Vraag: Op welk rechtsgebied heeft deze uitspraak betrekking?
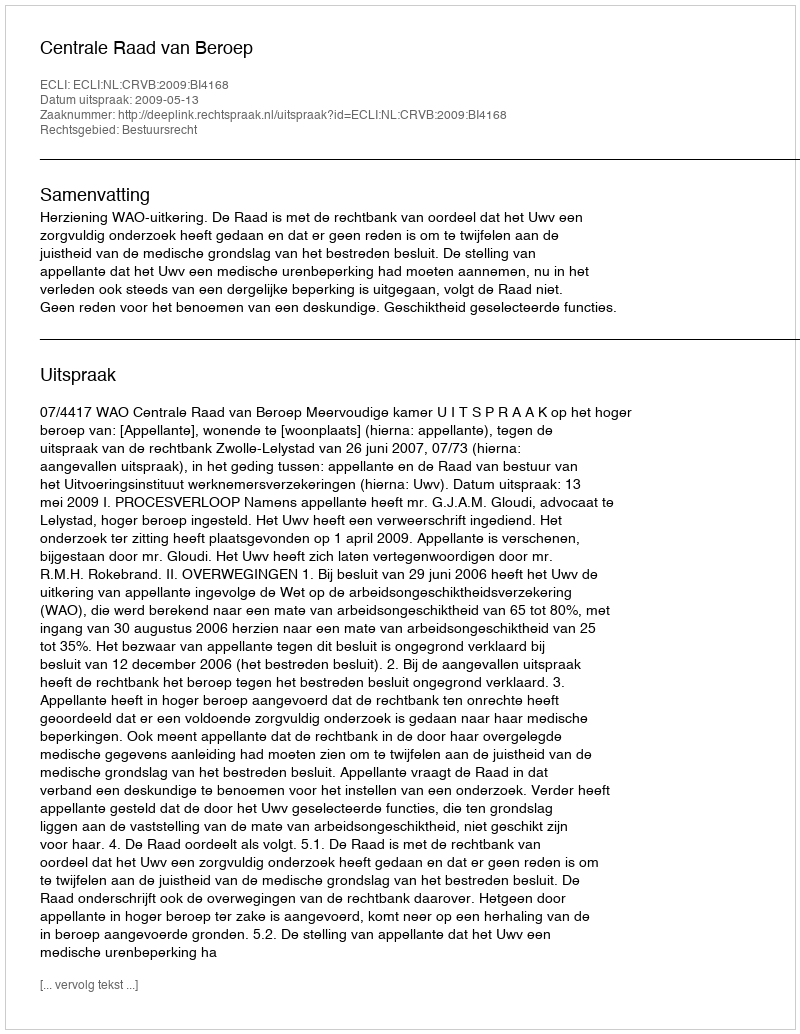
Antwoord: Bestuursrecht